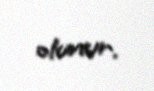
olunur.